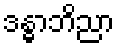
ဒန္ဓာဘိညာ